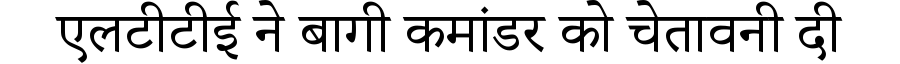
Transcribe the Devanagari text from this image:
एलटीटीई ने बागी कमांडर को चेतावनी दी